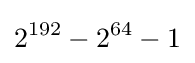
2^{192}-2^{64}-1